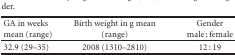
<table><thead><tr><td><b>GA in weeks mean (range)</b></td><td><b>Birth weight in g mean (range)</b></td><td><b>Gender male : female</b></td></tr></thead><tbody><tr><td>32.9 (29–35)</td><td>2008 (1310–2810)</td><td>12 : 19</td></tr></tbody></table>